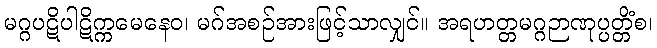
မဂ္ဂပဋိပါဋိက္ကမေနေဝ၊ မဂ်အစဉ်အားဖြင့်သာလျှင်။ အရဟတ္တမဂ္ဂဉာဏုပ္ပတ္တိံစ၊